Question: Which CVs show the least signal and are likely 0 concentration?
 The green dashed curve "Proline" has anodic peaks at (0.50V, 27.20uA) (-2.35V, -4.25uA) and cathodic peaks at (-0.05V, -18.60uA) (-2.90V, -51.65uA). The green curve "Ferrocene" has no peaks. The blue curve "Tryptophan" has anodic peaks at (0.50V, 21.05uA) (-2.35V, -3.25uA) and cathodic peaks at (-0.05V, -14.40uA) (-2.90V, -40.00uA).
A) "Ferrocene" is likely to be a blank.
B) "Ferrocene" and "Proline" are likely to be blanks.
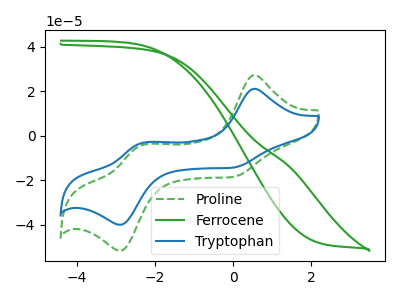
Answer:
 <answer>A) "Ferrocene" is likely to be a blank.</answer>
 <eval>A</eval>